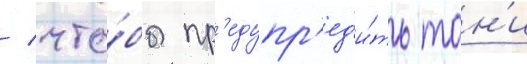
/ что́бы пр'едупр'ед'и́ть тон'и